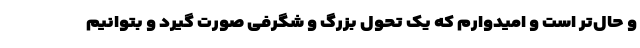
و حال‌تر است و امیدوارم که یک تحول بزرگ و شگرفی صورت گیرد و بتوانیم